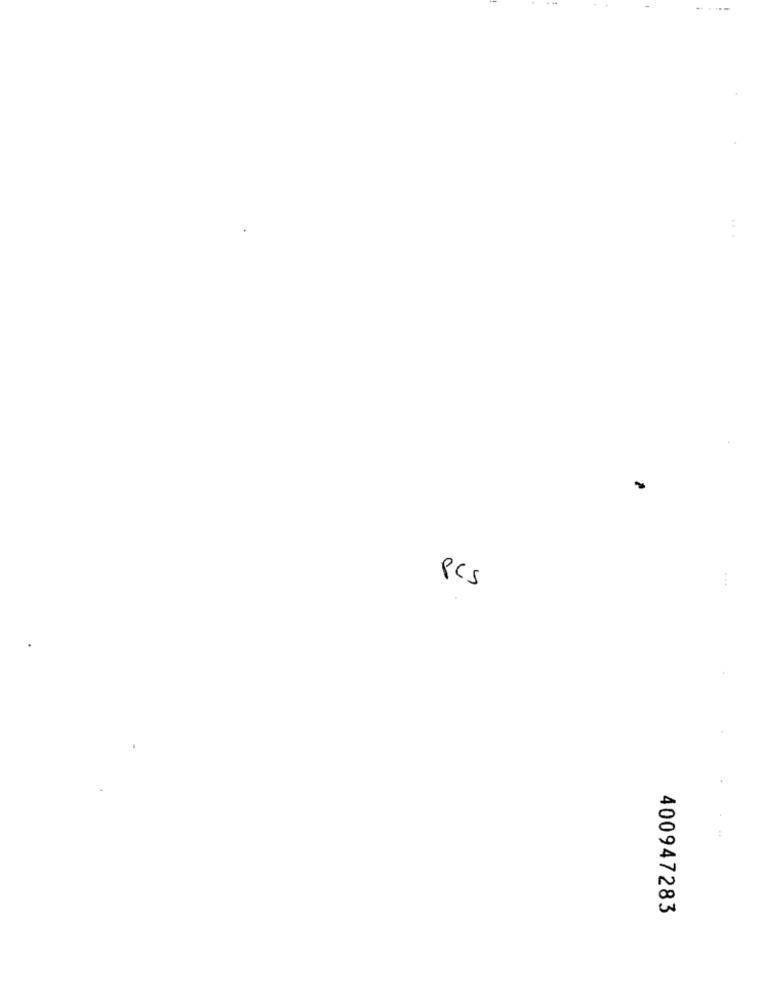
PCS
400947283